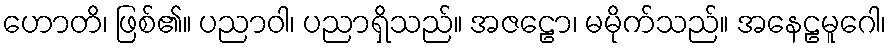
ဟောတိ၊ ဖြစ်၏။ ပညာဝါ၊ ပညာရှိသည်။ အဇဠော၊ မမိုက်သည်။ အနေဠမူဂေါ၊